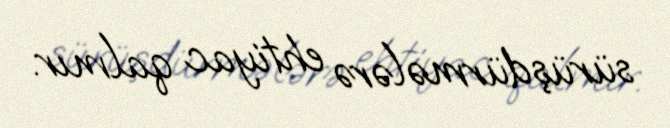
sürüşdürmələrə ehtiyac qalmır.